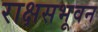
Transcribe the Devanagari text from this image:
राक्षसभूवन